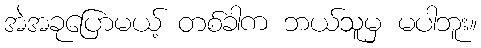
အဲအခုပြောမယ့် တစ်ခါက ဘယ်သူမှ မပါဘူး။